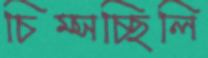
চিম্‌সচ্ছিলি